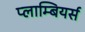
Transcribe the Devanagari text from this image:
प्लाम्बियर्स